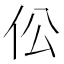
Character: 伀